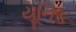
યૂનિક